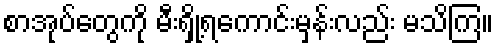
စာအုပ်တွေကို မီးရှို့ရကောင်းမှန်းလည်း မသိကြ။